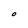
Character: O